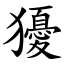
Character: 獶